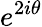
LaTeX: e^{2i\theta}